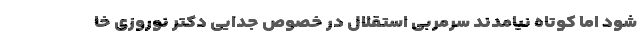
شود اما کوتاه نیامدند سرمربی استقلال در خصوص جدایی دکتر نوروزی خا